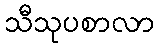
သီသုပစာလာ